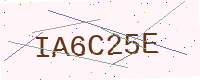
Text: IA6C25E